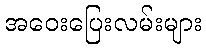
အဝေးပြေးလမ်းများ